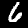
Label: 6